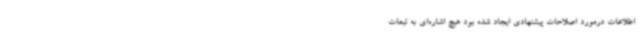
اطلاعات درمورد اصلاحات پیشنهادی ایجاد شده بود هیچ اشاره‌ای به تبعات